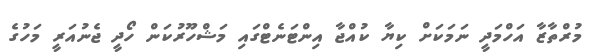
މުރްތާޒާ އަހްމަދީ ނަމަކަށް ކިޔާ ކުއްޖާ އިންޓަނެޓްގައި މަޝްހޫރުކަން ހޯދީ ޖެނުއަރީ މަހުގެ